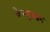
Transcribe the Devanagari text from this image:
वेन्युआन